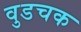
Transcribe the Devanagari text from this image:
वुडचक